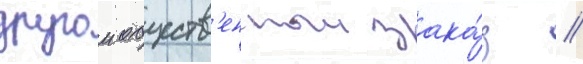
другои обществ'енныи зака́з /